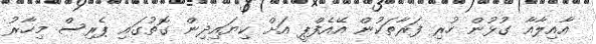
އާއިލާއާ ގުޅުން ހުރި ފަރާތަކުން އޭއެފްޕީ އަށް ކިޔައިދިން ގޮތުގައި ޕެރިސް މިހާރު